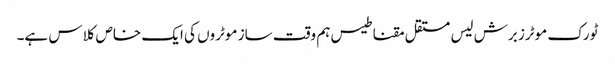
ٹورک موٹرز برش لیس مستقل مقناطیس ہم وقت ساز موٹروں کی ایک خاص کلاس ہے۔